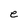
Character: e